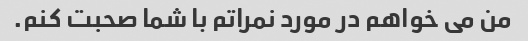
من می خواهم در مورد نمراتم با شما صحبت کنم.